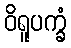
ဝိရူပက္ခံ